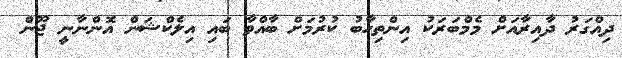
ދިއްގަރު ދާއިރާއަށް މެމްބަރަކު އިންތިހާބު ކުރުމަށް ބާއްވާ ބައި އިލެކްޝަން އޮންނާނީ ޖޫން